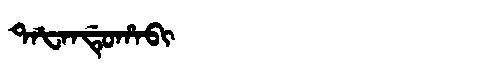
Manchu: ᡨᠠᡶᠠᠨᡩᡠᡥᠠᠪᡳ
Romanization: TAFANDUHABI